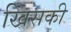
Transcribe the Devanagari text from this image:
खिसकी